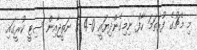
މި މެޗުގެ ފުރަތަމަ ހާފް ނިމިގެންދިޔައީ 0-4 ގެ ނަތީޖާއިން ސިޓީ ކުރީގައި